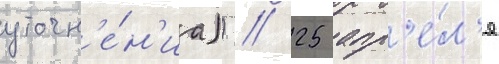
уточн'е́н'иа)) // 25 апр'е́л'я